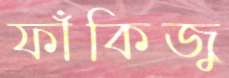
ফাঁকিজু